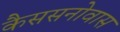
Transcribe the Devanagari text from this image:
कैससनोवास